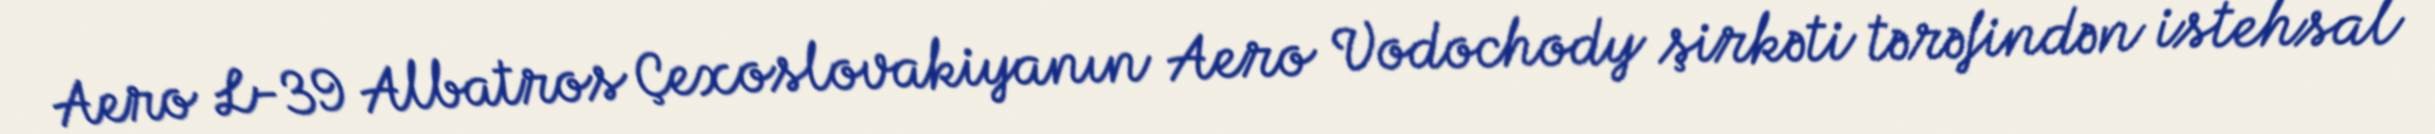
Aero L-39 Albatros Çexoslovakiyanın Aero Vodochody şirkəti tərəfindən istehsal